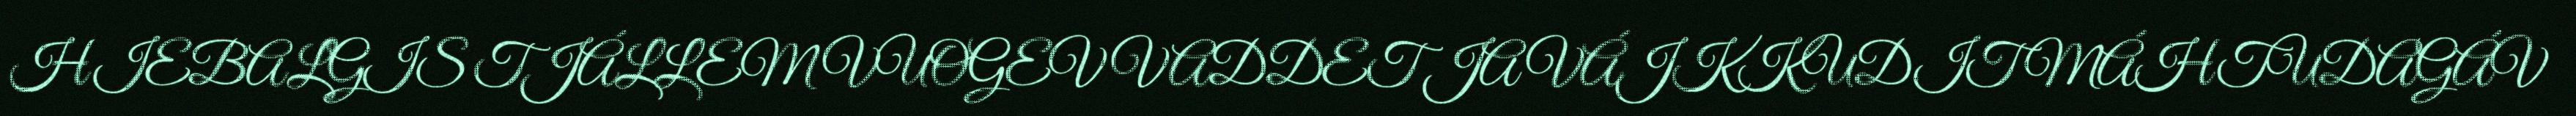
HIEBALGIS TJÁLLEMVUOGEV VADDET JA VÁJKKUDIT MÁHTUDAGÁV